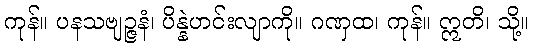
ကုန်။ ပနသဗျဉ္ဇနံ၊ ပိန္နဲဟင်းလျာကို။ ဂဏှထ၊ ကုန်။ ဣတိ၊ သို့။